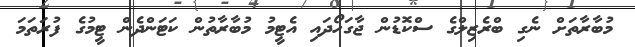
މުބާރާތަށް ނެގި ބްރެޒިލްގެ ސްކޮޑުން ޖާގަހޯދައި އެޓީމު މުބާރާތުން ކަޓަންދެން ޓީމުގެ ފުރަތަމަ